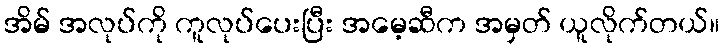
အိမ် အလုပ်ကို ကူလုပ်ပေးပြီး အမေ့ဆီက အမှတ် ယူလိုက်တယ်။